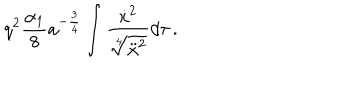
q ^ { 2 } \frac { \alpha _ { 1 } } { 8 } a ^ { - \frac 3 4 } \int { \frac { \dot { x } ^ { 2 } } { \sqrt [ [object Object] ] ] { \ddot { x } ^ { 2 } } } d \tau } \, .